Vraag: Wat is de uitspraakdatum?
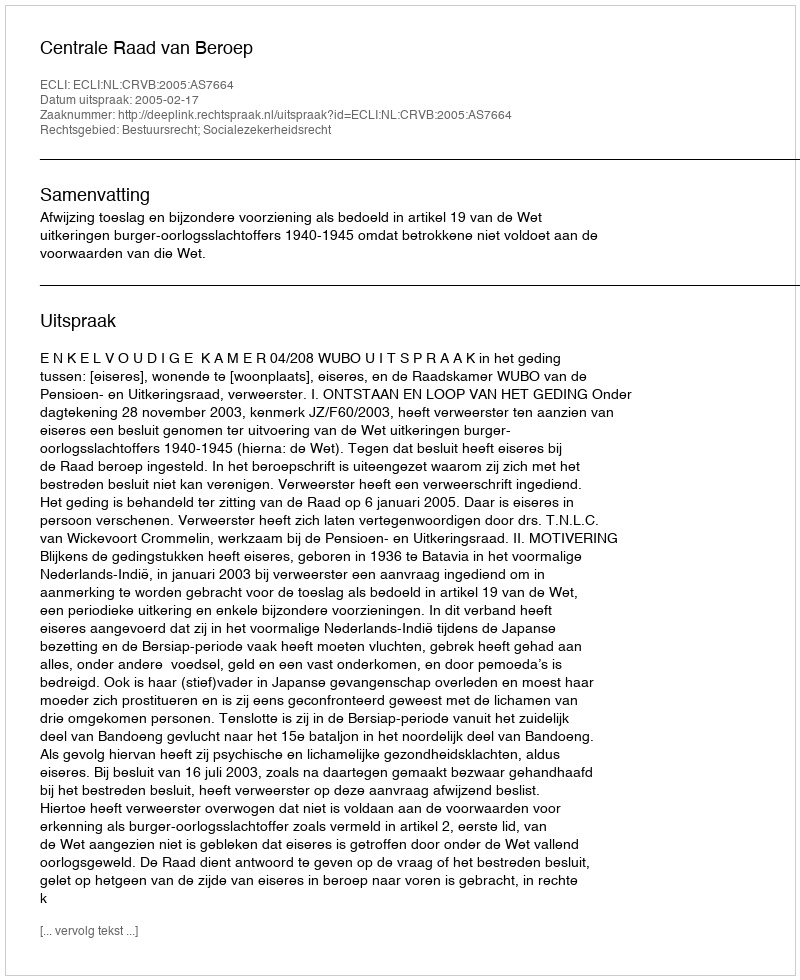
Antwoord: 2005-02-17